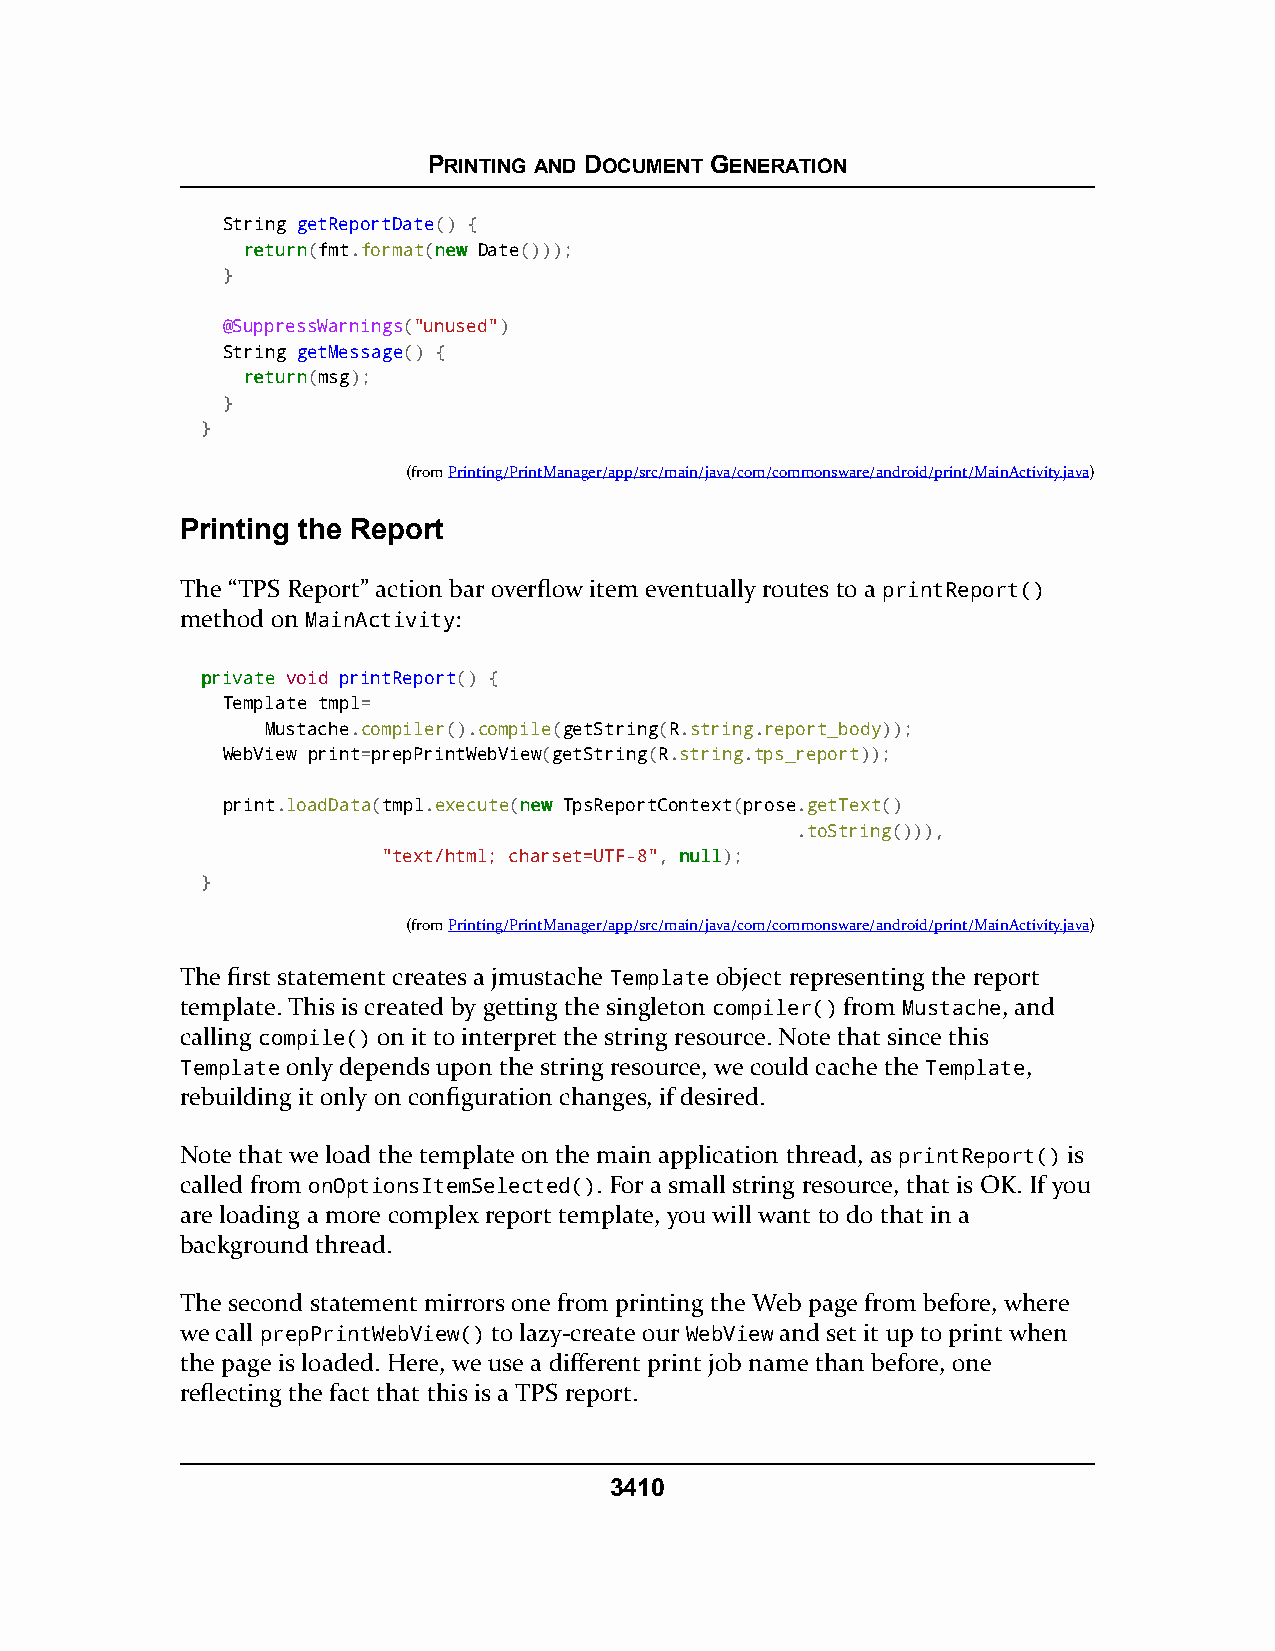
PRINTING AND DOCUMENT GENERATION
 String getReportDate() {
 rreettuurrnn(fmt.format(nneeww Date()));
 }
 @SuppressWarnings("unused")
 String getMessage() {
 rreettuurrnn(msg);
 }
 }
 (fromPrinting/PrintManager/app/src/main/java/com/commonsware/android/print/MainActivity.java)
 Printing the Report
 The “TPS Report” action bar overflow item eventually routes to a printReport()
 method on MainActivity:
 pprriivvaattee void printReport() {
 Template tmpl=
 Mustache.compiler().compile(getString(R.string.report_body));
 WebView print=prepPrintWebView(getString(R.string.tps_report));
 print.loadData(tmpl.execute(nneeww TpsReportContext(prose.getText()
 .toString())),
 "text/html; charset=UTF-8", nnuullll);
 }
 (fromPrinting/PrintManager/app/src/main/java/com/commonsware/android/print/MainActivity.java)
 The first statement creates a jmustache Template object representing the report
 template. This is created by getting the singleton compiler() from Mustache, and
 calling compile() on it to interpret the string resource. Note that since this
 Template only depends upon the string resource, we could cache the Template,
 rebuilding it only on configuration changes, if desired.
 Note that we load the template on the main application thread, as printReport() is
 called from onOptionsItemSelected(). For a small string resource, that is OK. If you
 are loading a more complex report template, you will want to do that in a
 background thread.
 The second statement mirrors one from printing the Web page from before, where
 we call prepPrintWebView() to lazy-create our WebView and set it up to print when
 the page is loaded. Here, we use a different print job name than before, one
 reflecting the fact that this is a TPS report.
 3410